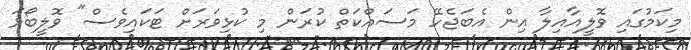
މިކަމުގައި ވޮލީއާއިލާ އިން އެބަޖެހޭ މަސައްކަތް ކުރަން މި ކުޅިވަރަށް ޓަކައިވެސް" ވޮލީބޯޅަ